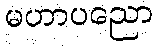
မဟာပညော